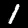
Digit: 1